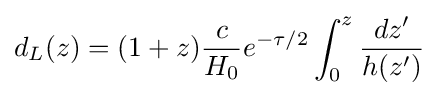
d_{L}(z)=(1+z){\frac {c}{H_{0}}}e^{-\tau /2}\int _{0}^{z}{\frac {dz'}{h(z')}}